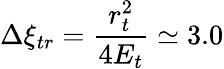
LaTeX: \Delta\xi_{tr}=\frac{r_{t}^{2}}{4E_{t}}\simeq 3.0